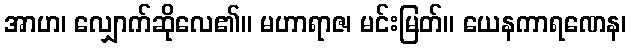
အာဟ၊ လျှောက်ဆိုလေ၏။ မဟာရာဇ၊ မင်းမြတ်။ ယေနကာရဏေန၊